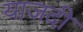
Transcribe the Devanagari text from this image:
याजदी